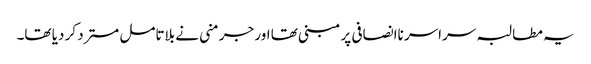
یہ مطالبہ سراسر ناانصافی پر مبنی تھا اور جرمنی نے بلاتامل مسترد کر دیا تھا۔